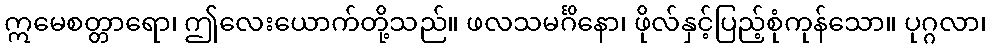
ဣမေစတ္တာရော၊ ဤလေးယောက်တို့သည်။ ဖလသမင်္ဂိနော၊ ဖိုလ်နှင့်ပြည့်စုံကုန်သော။ ပုဂ္ဂလာ၊